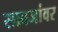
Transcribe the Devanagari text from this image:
सावजांवर